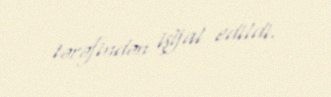
tərəfindən işğal edildi.